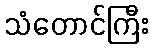
သံတောင်ကြီး